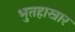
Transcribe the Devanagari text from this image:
भुतहाखार